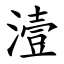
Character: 潱